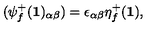
( \psi _ { f } ^ { + } ( { \bf 1 } ) _ { \alpha \beta } ) = \epsilon _ { \alpha \beta } \eta _ { f } ^ { + } ( { \bf 1 } ) ,